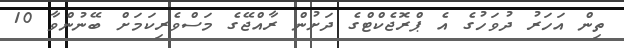
ތިން އަހަރު ދުވަހުގެ އެ ޕްރޮޖެކްޓްގެ ދަށުން ރާއްޖޭގެ މަސްވެރިކަމަށް ބޭނުންވާ 10